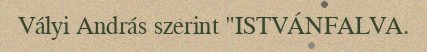
Vályi András szerint "ISTVÁNFALVA.